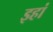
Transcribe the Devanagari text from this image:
इहां